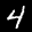
Label: 4